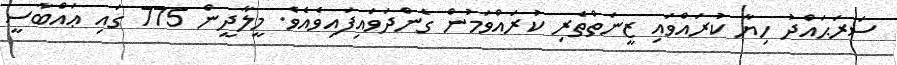
ސަރަޙައްދު ހިޔާ ކުރައްވައި ޒީނަތްތެރި ކުރައްވަމުން ގެންދަވައިފައިވެއެވެ. މީލާދީން 775 ގައި ޢައްބާސީ